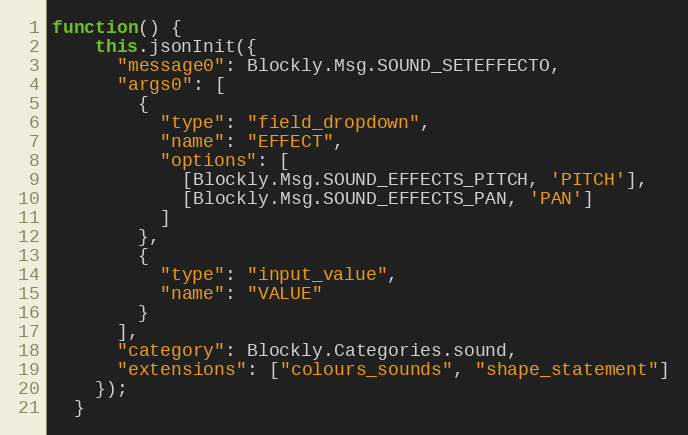
Language: JavaScript
function() {
    this.jsonInit({
      "message0": Blockly.Msg.SOUND_SETEFFECTO,
      "args0": [
        {
          "type": "field_dropdown",
          "name": "EFFECT",
          "options": [
            [Blockly.Msg.SOUND_EFFECTS_PITCH, 'PITCH'],
            [Blockly.Msg.SOUND_EFFECTS_PAN, 'PAN']
          ]
        },
        {
          "type": "input_value",
          "name": "VALUE"
        }
      ],
      "category": Blockly.Categories.sound,
      "extensions": ["colours_sounds", "shape_statement"]
    });
  }